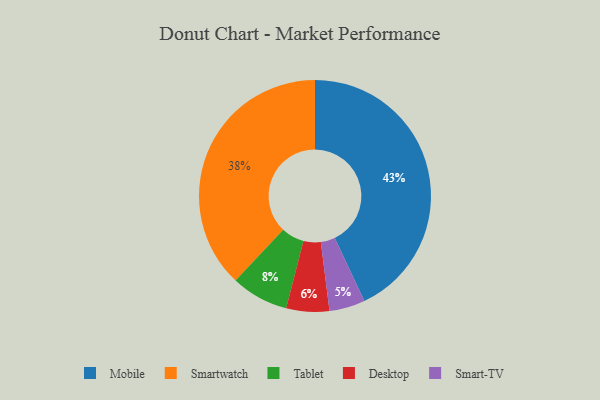
{"axis": {"x": "Category", "y": "Percentage"}, "legend": ["Desktop", "Mobile", "Smart-TV", "Smartwatch", "Tablet"], "data": [{"x": "Smartwatch", "y": 38, "type": "Smartwatch"}, {"x": "Mobile", "y": 43, "type": "Mobile"}, {"x": "Desktop", "y": 6, "type": "Desktop"}, {"x": "Smart-TV", "y": 5, "type": "Smart-TV"}, {"x": "Tablet", "y": 8, "type": "Tablet"}]}